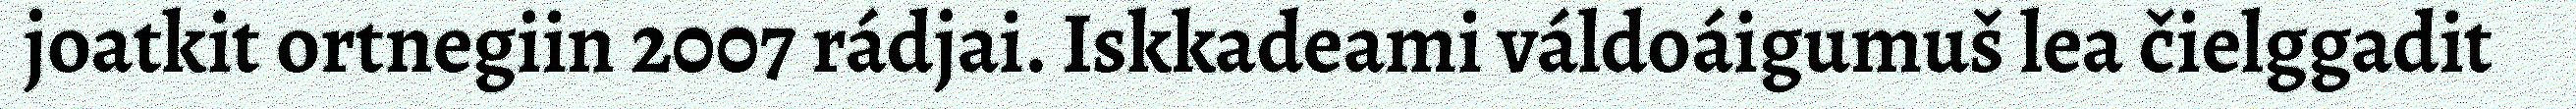
joatkit ortnegiin 2007 rádjai. Iskkadeami váldoáigumuš lea čielggadit